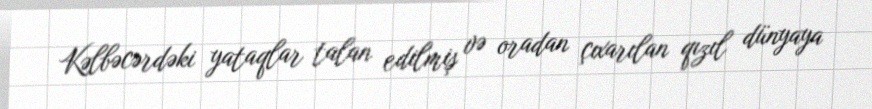
Kəlbəcərdəki yataqlar talan edilmiş və oradan çıxarılan qızıl dünyaya